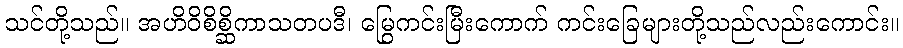
သင်တို့သည်။ အဟိဝိစိစ္ဆိကာသတပဒီ၊ မြွေကင်းမြီးကောက် ကင်းခြေများတို့သည်လည်းကောင်း။